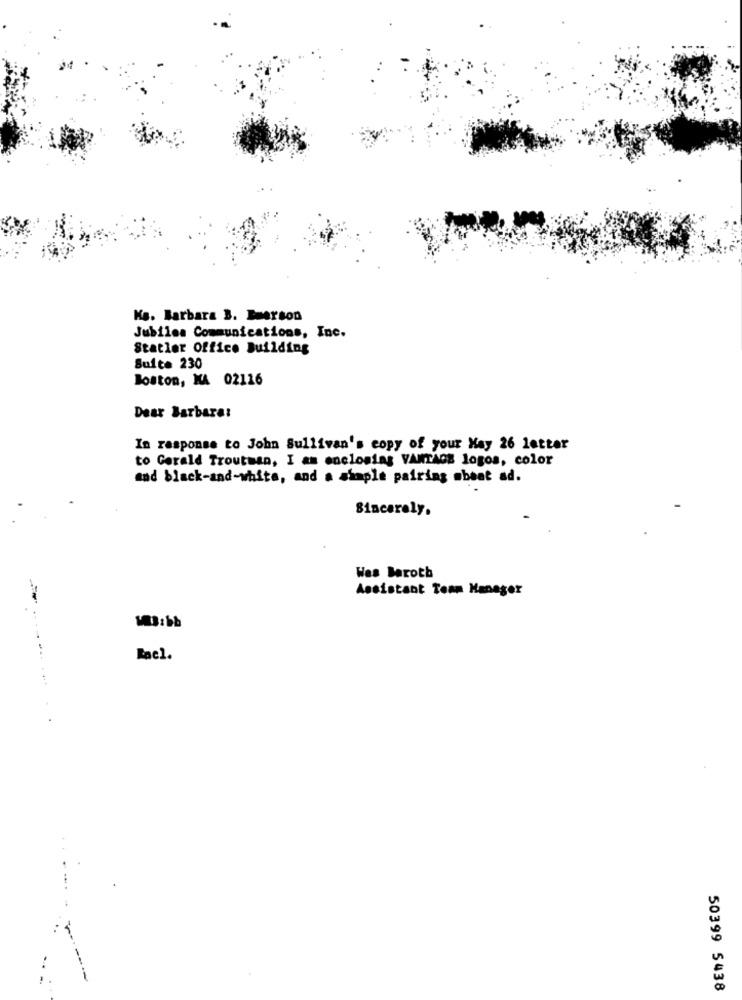
Ka. Barbara B. Beerson
Jubilea Communications, Inc.
Statler Office Building
Suite 230
Boston, MA 02116
Dear Barbara:
In response to John Sullivan's copy of your May 26 letter
to Gerald Troutman, I am enclosing VANTAGE logos, color
and black-and-white, and a simple pairing mbent ad.
Sincerely.
Wes Baroth
Assistant Team Manager
..
Rael.
44 4
50399 5438